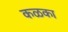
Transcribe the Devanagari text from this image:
कळका